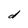
Character: d